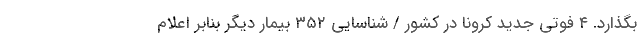
بگذارد. ۴ فوتی جدید کرونا در کشور / شناسایی ۳۵۲ بیمار دیگر بنابر اعلام